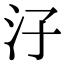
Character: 汓